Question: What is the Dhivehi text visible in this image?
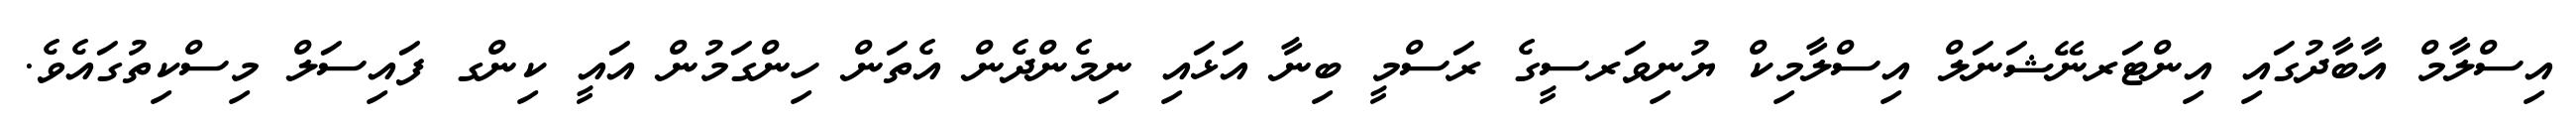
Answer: އިސްލާމް އާބާދުގައި އިންޓަރނޭޝަނަލް އިސްލާމިކް ޔުނިވަރސީގެ ރަސްމީ ބިނާ އަޅައި ނިމެންދެން އެތަން ހިންގަމުން އައީ ކިންގ ފައިސަލް މިސްކިތުގައެވެ.